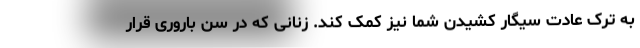
به ترک عادت سیگار کشیدن شما نیز کمک کند. زنانی که در سن باروری قرار